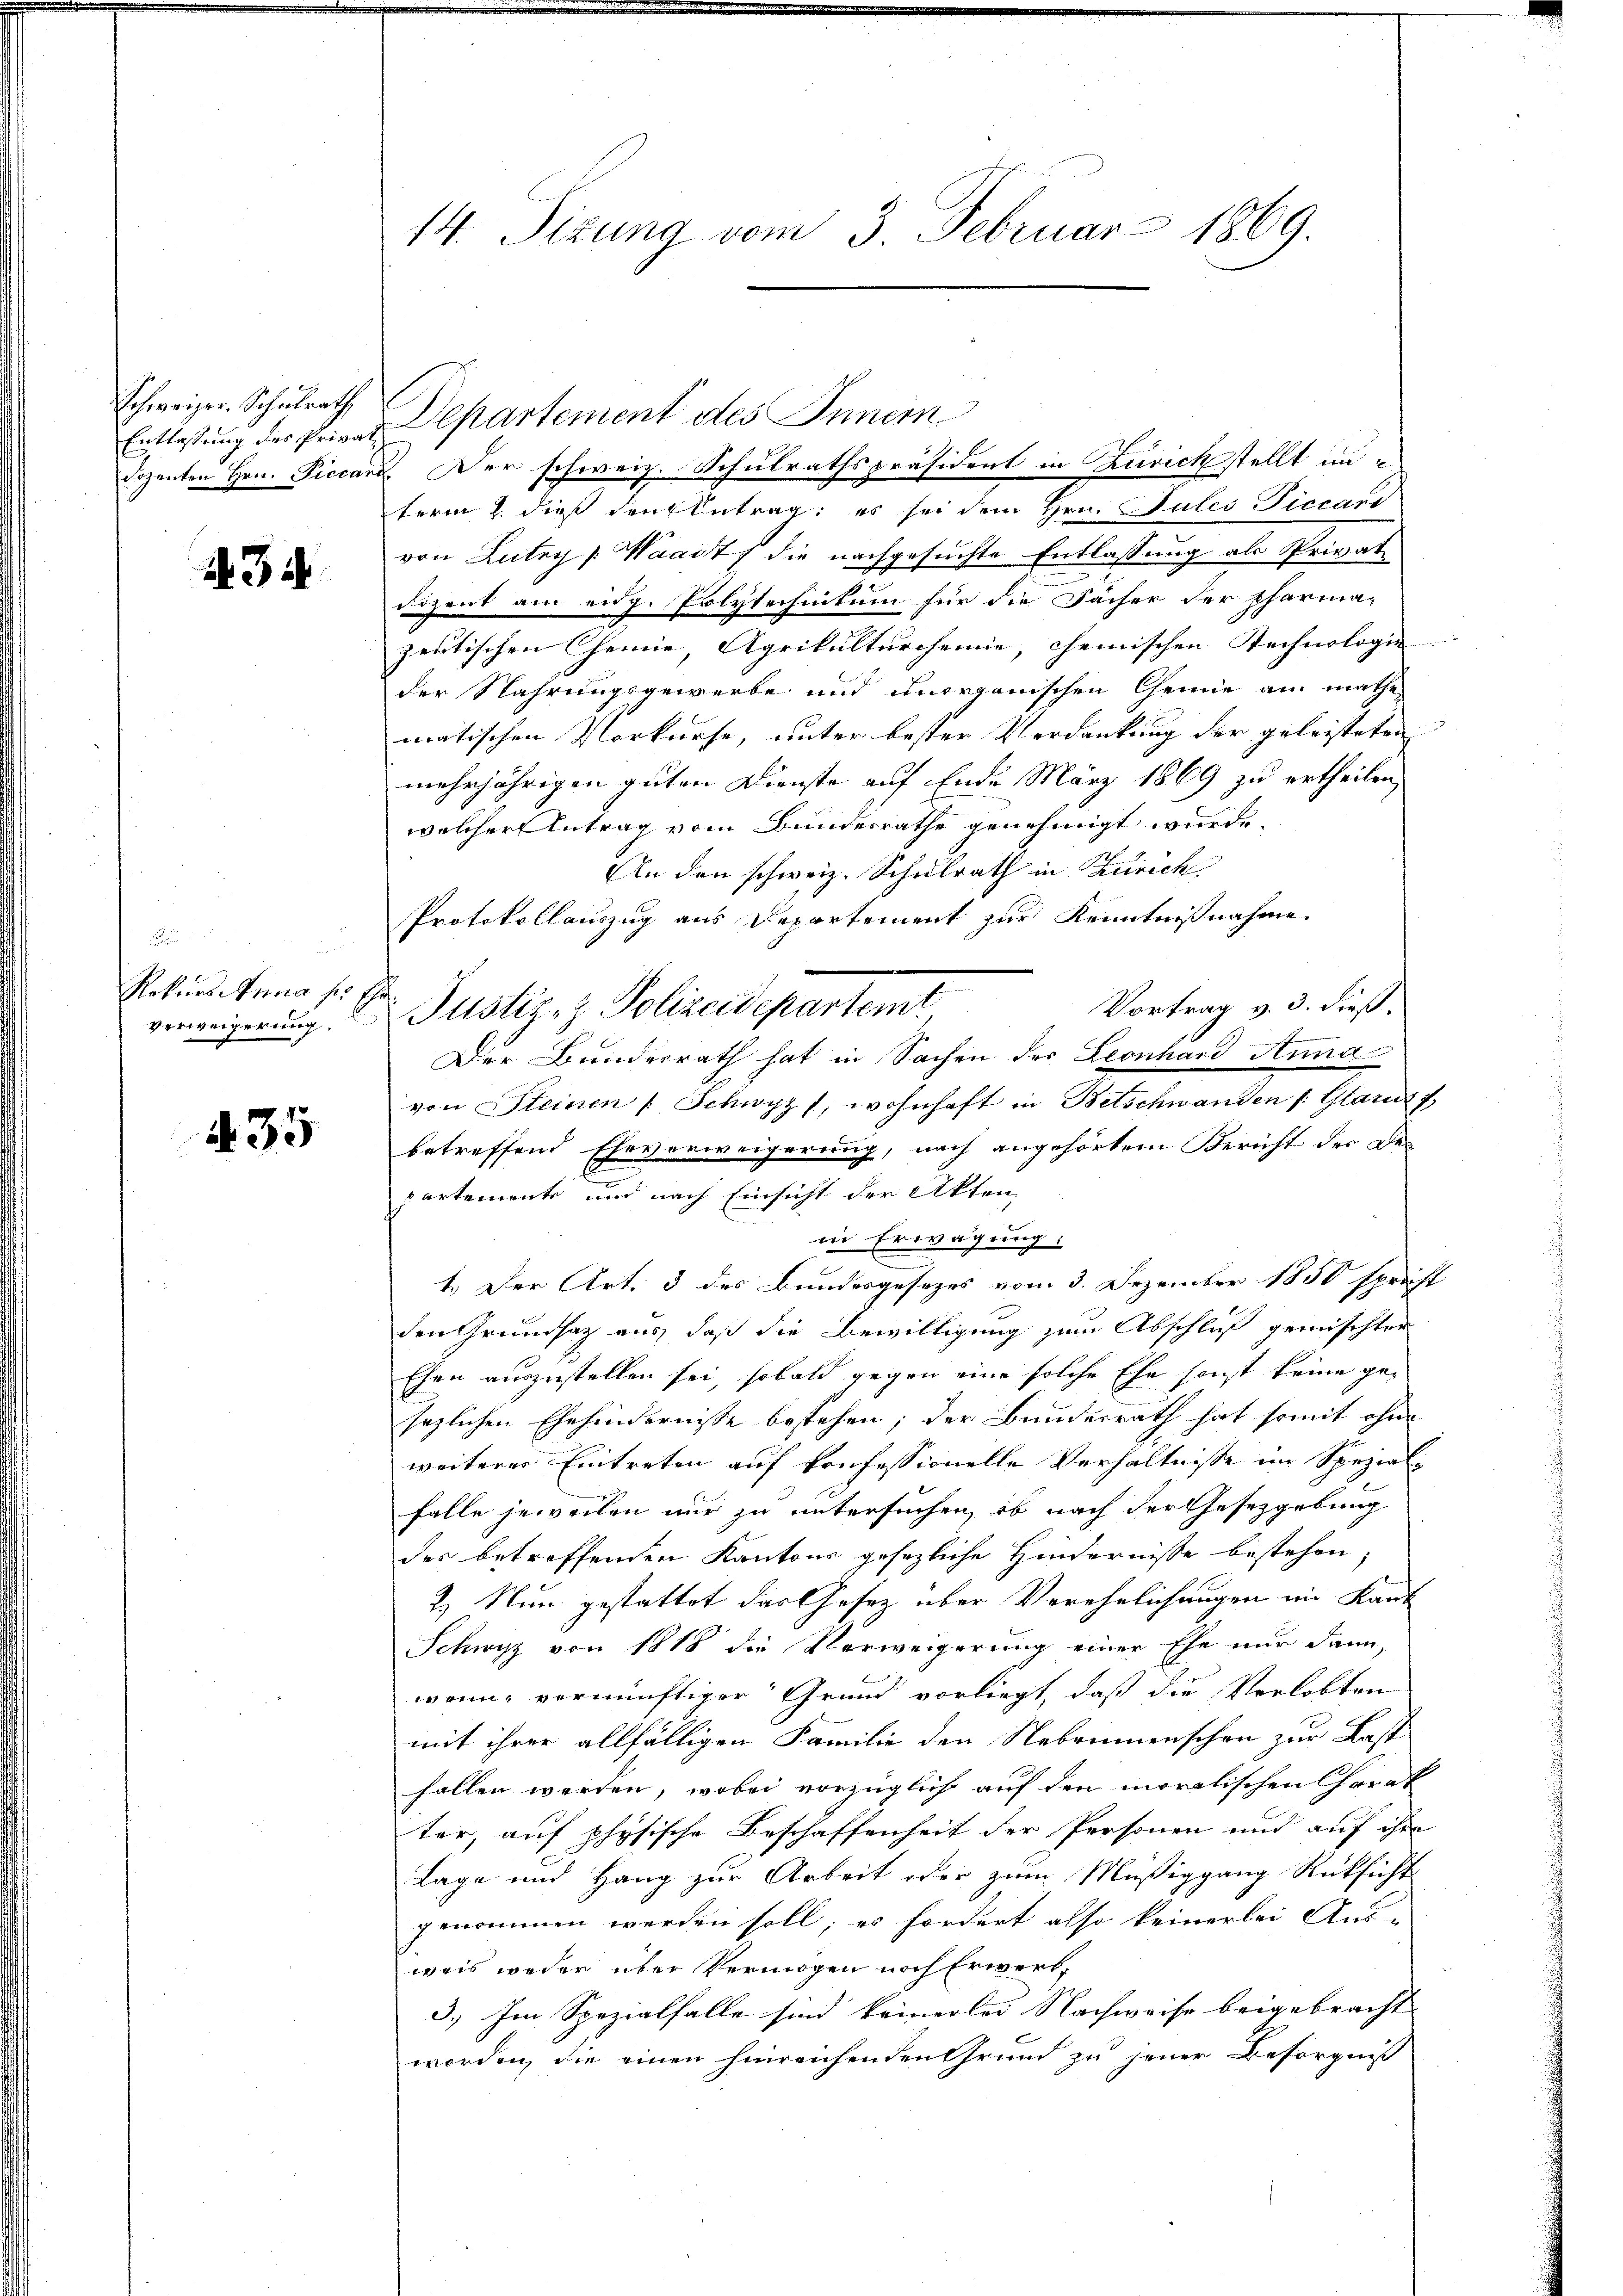
Schweizer. Schulrath
dozenten Hrn. Piccar

43

.
Rekurs Anna ser Ehe
Verweigerung.

A 35

14. Sizung vom 3. Februar 1869.

Der schweiz. Schulrathspräsident in Zürich stellt in
term 2. dieß denkentrag; es sei dem Hrn. Gutes Piccard
von Lutry [Waadt die nachgesuchte Entlassung als Privat
Dozent am eidg. Polytechnikum für die Fächer der Pharma-
zeitischen Chemnie, Agrikulturcheinie, chemischen Technologie
der Nahrungsgewerbe und unorganischen Grüne am mathe
matischen Vorkurse, unter bester Verdankung der geleisteten |
mehrjährigen guten Dienste auf Ende März 1869 zu ertheilen,
welcher Antrag vom Bundesrathe genehmigt wurde.
An den schweiz. Schulrath in Zürich
Protokollauszug aus Departement zur Kenntnißnahme
Vortrag v. 3. dieß.
Der Bundesrath hat in Sachen der Leonhard Anna
von Steinen 4 Schwyz 1, wohnhaft in Betschwanden v. Glandes
betreffend Eheverweigerung, nach angehörtem Bericht der Bepartemente und nach Einsicht der Akten
in Erwägung:
1.) Der Art. 3 des Bundesgesezes vom 3. Dezember 1850 sprecht
den Grundsatz aus, daß die Bewilligung zum Abschluß gemischter
Ehen auszustellen sei, sobald gegen eine solche Ehe sonst keine gesezlichen Ehehindernisse bestehen; der Bundesrath hat somit ohne
weiterer Eintreten auf konfessionelle Verhältnisse im Spezialfalle jeweilen nur zu untersuchen, ob nach der Gesetzgebung
des betreffenden Kantons gesezliche Hindernisse bestehen,
2) Nun gestattet das Gesetz über Verehelichungen im Kant
Schwyz von 1818 die Verweigerung einer Ehe nur dann,
wenn vernünftiger Grund vorliegt, daß die Verlobten
mit ihrer allfälligen Familie den Nebrunnenschen zur Last
fallen werden, wobei vorzüglich auf den moralischen Chrrat
ter, auf physische Beschaffenheit der Personen und auf ihre
Lage und Hang zur Arbeit oder zum Müßiggang Rücksicht
genommen werden soll; es fordert also keinerlei Aus-
wais weder über Vermögen noch Erwert,
3.) Im Spezialfalle sind keinerlei Nachweise beigebracht
worden, die einen hinreichenden Grund zu jener Besorgniß

Entlastung des Privat Departement des Innern

Justiz- & Polizeidepartemt